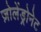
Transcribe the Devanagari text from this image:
ज़ोलेंड्रोनेट